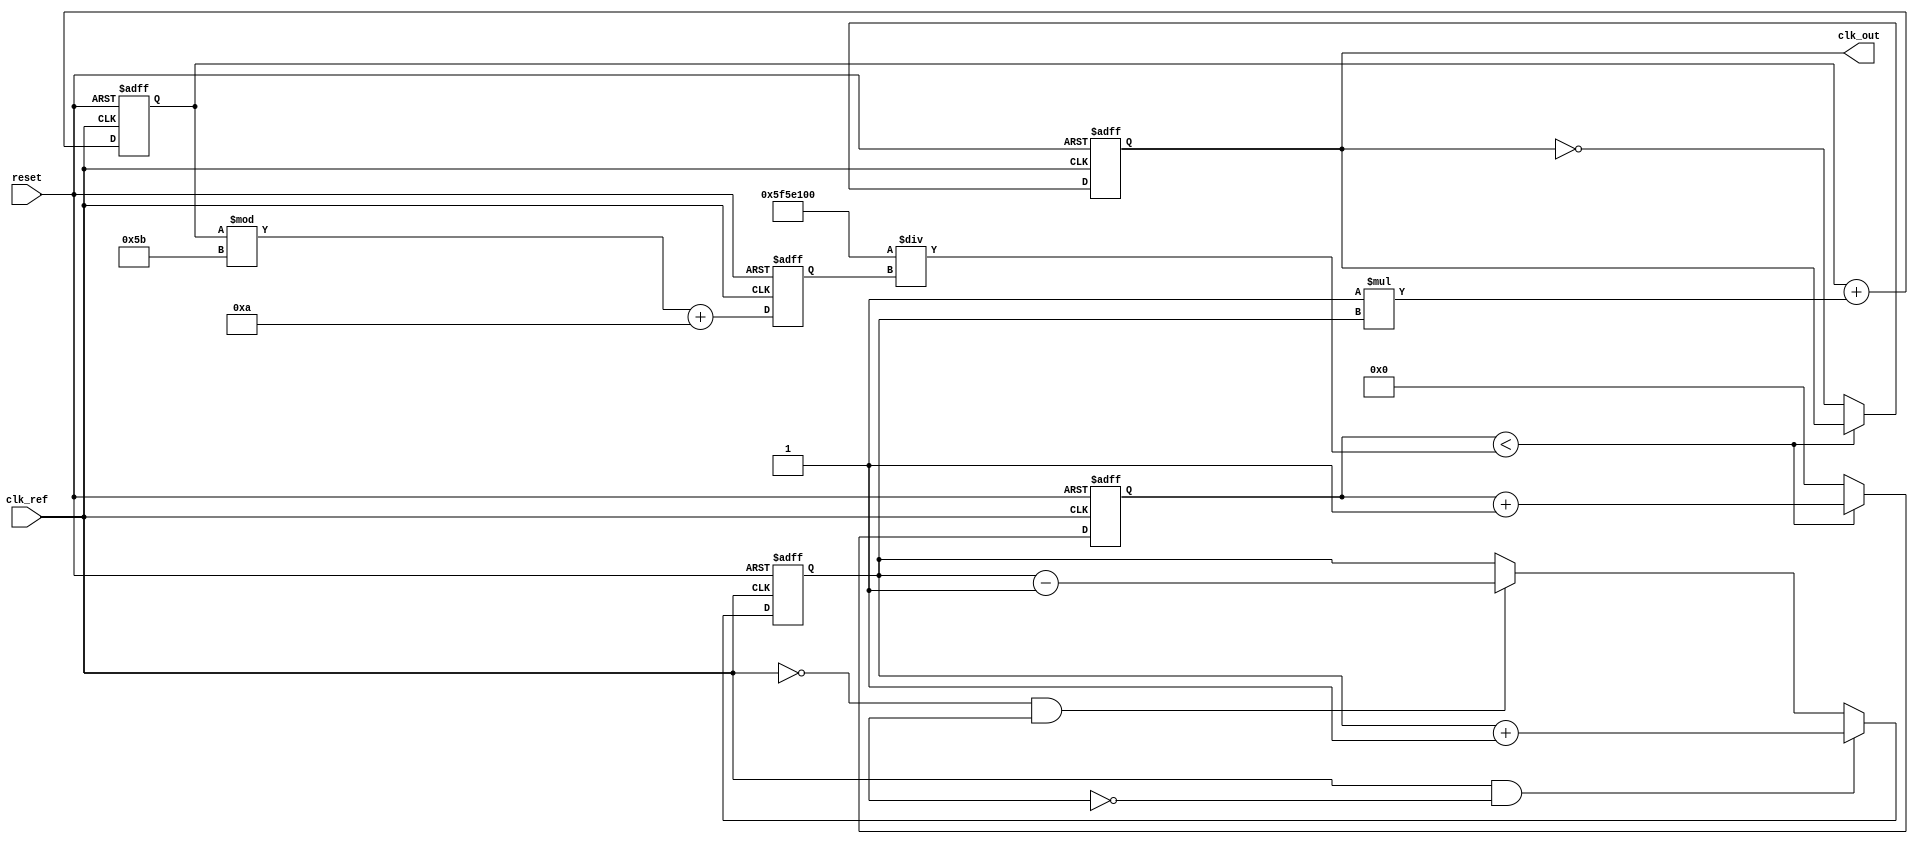
module ContinuousTimePLL (
    input wire clk_ref,        // Reference clock input
    input wire reset,          // Reset signal
    output reg clk_out         // PLL output clock
);

// Parameters
parameter N = 4;              // Division factor (feedback divider)
parameter VCO_MAX_FREQ = 100; // Maximum VCO frequency
parameter VCO_MIN_FREQ = 10;  // Minimum VCO frequency
parameter LOOP_FILTER_GAIN = 1; // Gain for loop filter

// Internal signals
reg [31:0] vco_freq;          // VCO frequency
reg [31:0] phase_error;       // Phase error signal
reg [31:0] loop_filter_output; // Output from the loop filter
reg [31:0] vco_output;        // VCO output signal
reg [31:0] vco_count;         // VCO count for frequency generation

// Phase Detector (PD)
always @(posedge clk_ref or posedge reset) begin
    if (reset) begin
        phase_error <= 0;
    end else begin
        // Simple implementation: compare edges of clk_ref and vco_output
        if (clk_ref && !vco_output) begin
            phase_error <= phase_error + 1; // Increment phase error
        end else if (!clk_ref && vco_output) begin
            phase_error <= phase_error - 1; // Decrement phase error
        end
    end
end

// Loop Filter (simple proportional filter)
always @(posedge clk_ref or posedge reset) begin
    if (reset) begin
        loop_filter_output <= 0;
    end else begin
        loop_filter_output <= loop_filter_output + (LOOP_FILTER_GAIN * phase_error);
    end
end

// Voltage-Controlled Oscillator (VCO)
always @(posedge clk_ref or posedge reset) begin
    if (reset) begin
        vco_freq <= VCO_MIN_FREQ;
        vco_count <= 0;
        clk_out <= 0;
    end else begin
        // Update VCO frequency based on loop filter output
        vco_freq <= loop_filter_output[31:0] % (VCO_MAX_FREQ - VCO_MIN_FREQ + 1) + VCO_MIN_FREQ;

        // Generate VCO output based on frequency
        if (vco_count < (100000000 / vco_freq)) begin
            vco_count <= vco_count + 1;
        end else begin
            clk_out <= ~clk_out; // Toggle output clock
            vco_count <= 0;      // Reset counter
        end
    end
end

endmodule